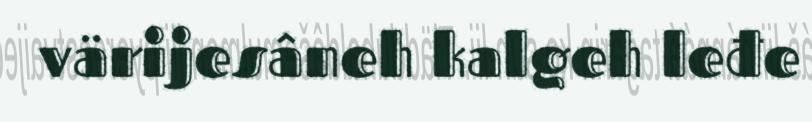
värijesâneh kalgeh leđe